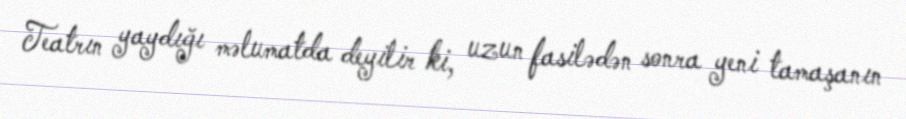
Teatrın yaydığı məlumatda deyilir ki, uzun fasilədən sonra yeni tamaşanın